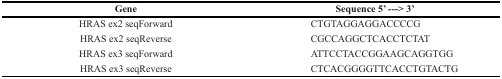
<table><thead><tr><td><b>Gene</b></td><td><b>Sequence 5′ ---&gt; 3′</b></td></tr></thead><tbody><tr><td>HRAS ex2 seqForward</td><td>CTGTAGGAGGACCCCG</td></tr><tr><td>HRAS ex2 seqReverse</td><td>CGCCAGGCTCACCTCTAT</td></tr><tr><td>HRAS ex3 seqForward</td><td>ATTCCTACCGGAAGCAGGTGG</td></tr><tr><td>HRAS ex3 seqReverse</td><td>CTCACGGGGTTCACCTGTACTG</td></tr></tbody></table>